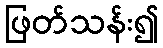
ဖြတ်သန်း၍